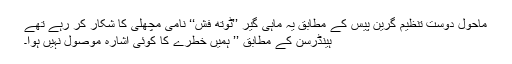
ماحول دوست تنظیم گرین پیس کے مطابق یہ ماہی گیر ’’ٹوتھ فش‘‘ نامی مچھلی کا شکار کر رہے تھے
ہینڈرسن کے مطابق ’’ ہمیں خطرے کا کوئی اشارہ موصول نہیں ہوا۔